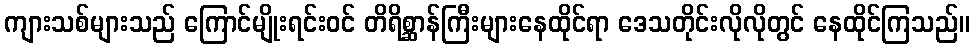
ကျားသစ်များသည် ကြောင်မျိုးရင်းဝင် တိရိစ္ဆာန်ကြီးများနေထိုင်ရာ ဒေသတိုင်းလိုလိုတွင် နေထိုင်ကြသည်။